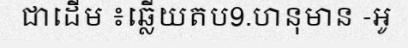
ជាដើម ៖ឆ្លើយតប9.ហនុមាន -អូ